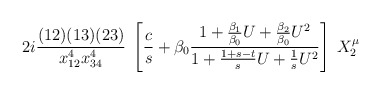
\begin{align*}2i{(12)(13)(23)\over x^4_{12}x^4_{34}}\;\left[{c\over s} + \beta_0 {1 + {\beta_1\over \beta_0} U +{\beta_2\over \beta_0} U^2 \over 1 + {1+s-t\over s}U +{1\over s}U^2}\right] \; X^\mu_2\end{align*}